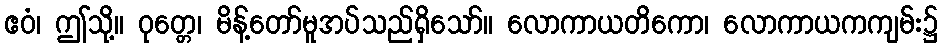
ဧဝံ၊ ဤသို့။ ဝုတ္တေ၊ မိန့်တော်မူအပ်သည်ရှိသော်။ လောကာယတိကော၊ လောကာယကကျမ်း၌